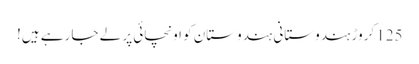
125 کروڑ ہندوستانی ہندوستان کو اونچائی پر لے جا رہے ہیں!